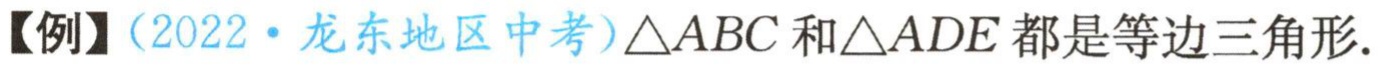
【例】（2022·龙东地区中考）\(\triangle ABC\)和\(\triangle ADE\)都是等边三角形.